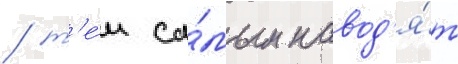
/ т'е́м са́мым навод'я́т